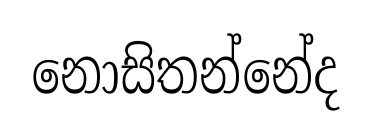
නොසිතන්නේද